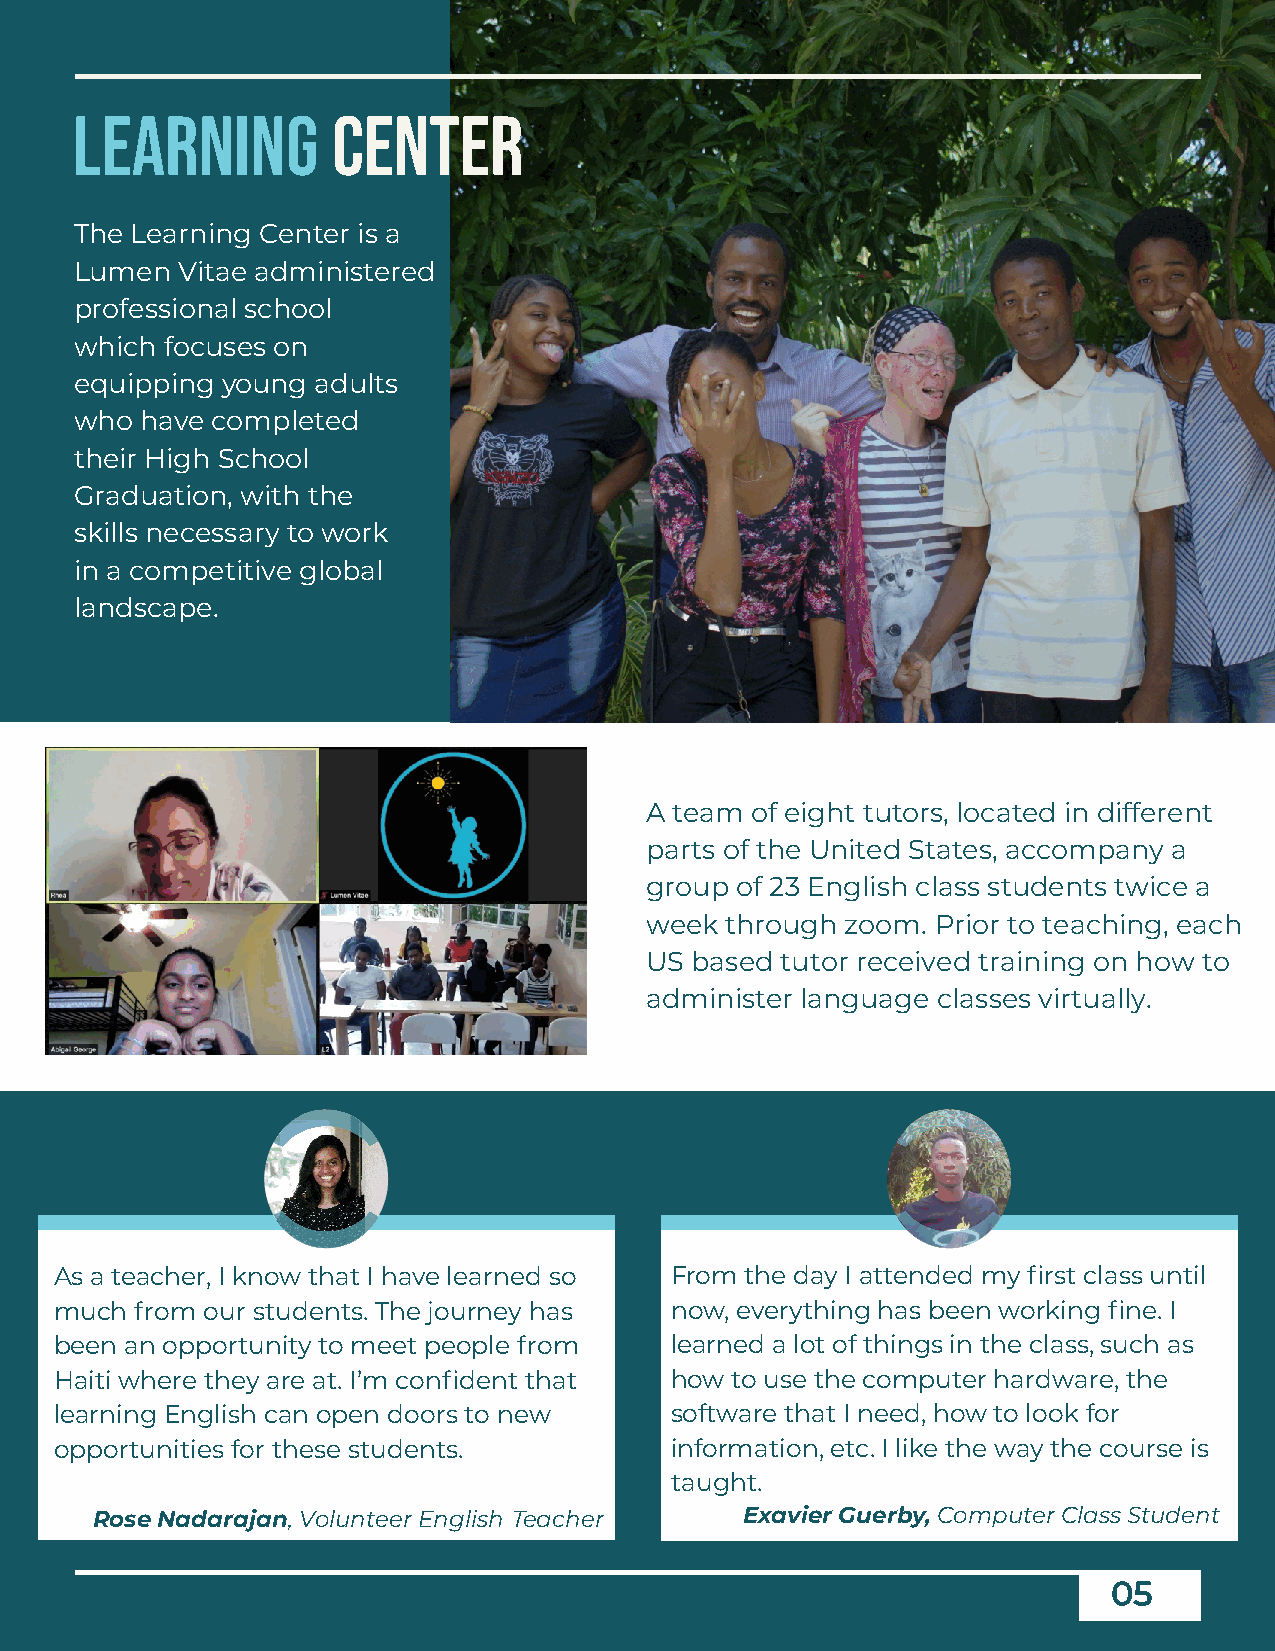
learning         center
 The Learning Center is a
 Lumen  Vitae administered
 professional school
 which focuses on
 equipping young adults
 who have completed
 their High School
 Graduation, with the
 skills necessary to work
 in a competitive global
 landscape.
 A team of eight tutors, located in different
 parts of the United States, accompany a
 group of 23 English class students twice a
 week through zoom. Prior to teaching, each
 US based tutor received training on how to
 administer language classes virtually.
 As a teacher, I know that I have learned so From the day I attended my first class until
 much from our students. The journey has now, everything has been working fine. I
 been an opportunity to meet people from learned a lot of things in the class, such as
 Haiti where they are at. I’m confident that how to use the computer hardware, the
 learning English can open doors to new  software that I need, how to look for
 opportunities for these students.       information, etc. I like the way the course is
 taught.
 Rose Nadarajan, Volunteer English Teacher  Exavier Guerby, Computer Class Student
 05